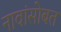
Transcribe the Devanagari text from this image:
नावांसोबत